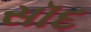
સૉદ